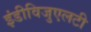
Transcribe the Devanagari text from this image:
इंडीविजुएलटी